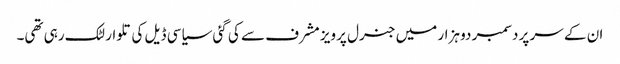
ان کے سر پر دسمبر دو ہزار میں جنرل پرویز مشرف سے کی گئی سیاسی ڈیل کی تلوار لٹک رہی تھی۔